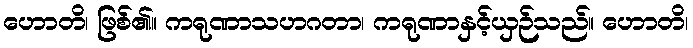
ဟောတိ၊ ဖြစ်၏။ ကရုဏာသဟဂတာ၊ ကရုဏာနှင့်ယှဉ်သည်။ ဟောတိ၊